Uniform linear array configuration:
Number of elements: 64
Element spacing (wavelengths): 0.75
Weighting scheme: exponential
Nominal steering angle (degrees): -60
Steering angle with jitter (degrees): -60.593
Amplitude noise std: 0.05
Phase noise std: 0.05

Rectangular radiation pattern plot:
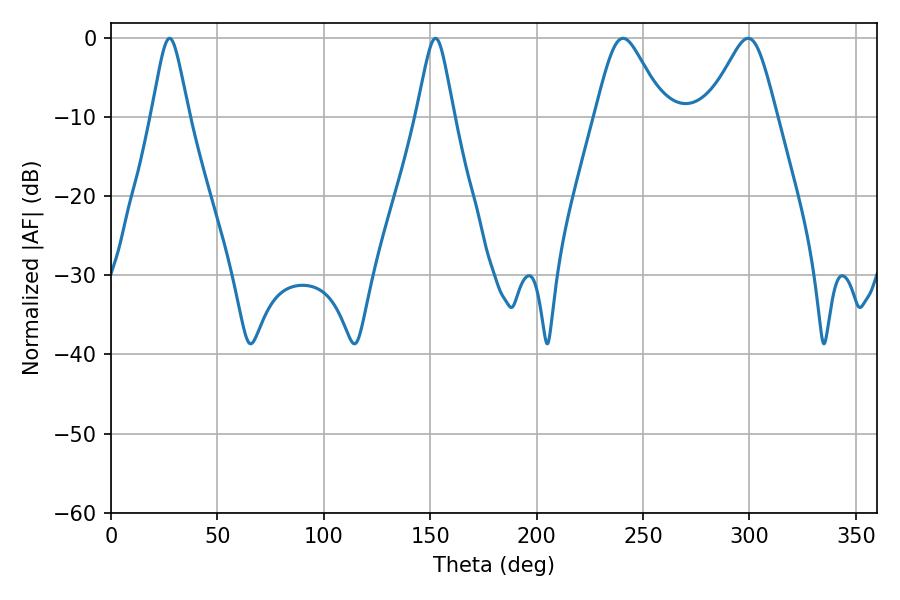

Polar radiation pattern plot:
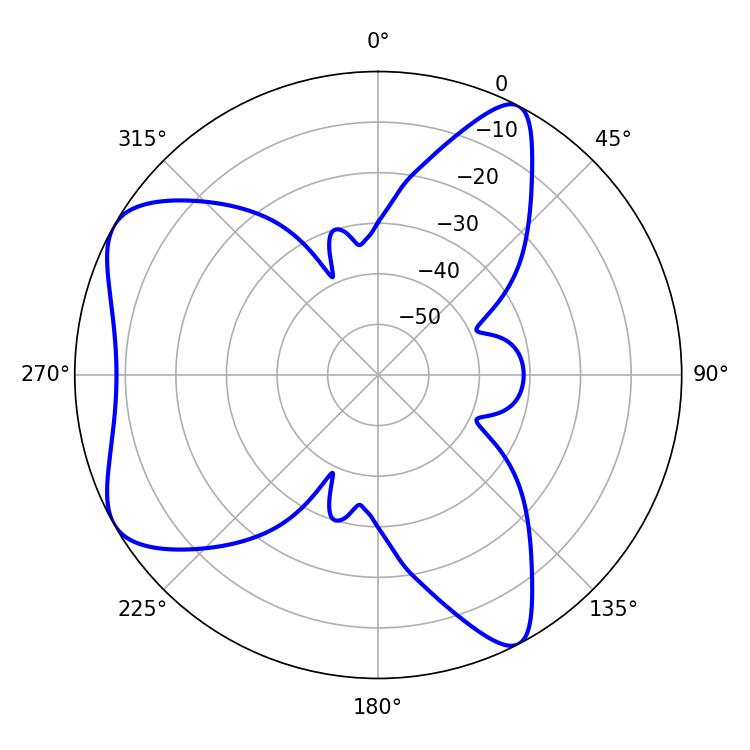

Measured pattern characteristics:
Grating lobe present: TRUE
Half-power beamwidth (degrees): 8.46
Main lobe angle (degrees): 27.54